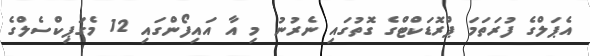
އެޕަލްގެ ފުރަތަމަ ޕްރޮޑަކްޓްގެ ގޮތުގައި ނެރުނު މި އާ އައިފޯންގައި 12 މެގަޕިކްސެލްގެ